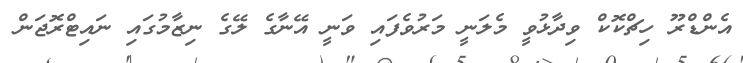
އެންޑްރޫ ހިޗްކޮކް ވިދާޅުވީ މެލަނީ މަރުވެފައި ވަނީ އޭނާގެ ލޭގެ ނިޒާމުގައި ނައިޓްރޮޖަން